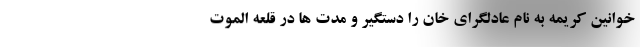
خوانین کریمه به نام عادلگرای خان را دستگیر و مدت ها در قلعه الموت